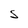
Character: S